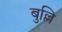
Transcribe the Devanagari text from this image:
बुल्लि